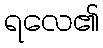
ရလေ၏